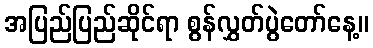
အပြည်ပြည်ဆိုင်ရာ စွန်လွှတ်ပွဲတော်နေ့။